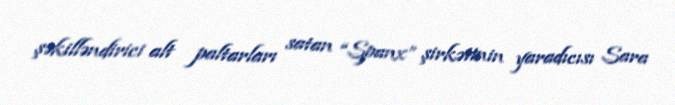
şəkilləndirici alt paltarları satan “Spanx” şirkətinin yaradıcısı Sara